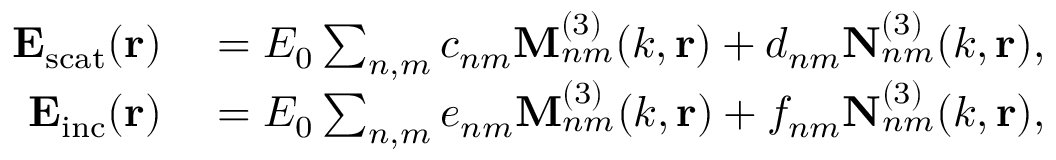
\begin{array} { r l } { \mathbf { E _ { \mathrm { s c a t } } } ( \mathbf { r } ) } & { { } = E _ { 0 } \sum _ { n , m } c _ { n m } \mathbf { M } _ { n m } ^ { ( 3 ) } ( k , \mathbf { r } ) + d _ { n m } \mathbf { N } _ { n m } ^ { ( 3 ) } ( k , \mathbf { r } ) , } \\ { \mathbf { E _ { \mathrm { i n c } } } ( \mathbf { r } ) } & { { } = E _ { 0 } \sum _ { n , m } e _ { n m } \mathbf { M } _ { n m } ^ { ( 3 ) } ( k , \mathbf { r } ) + f _ { n m } \mathbf { N } _ { n m } ^ { ( 3 ) } ( k , \mathbf { r } ) , } \end{array}